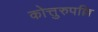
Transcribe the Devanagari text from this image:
कोत्तुरुपल्लि